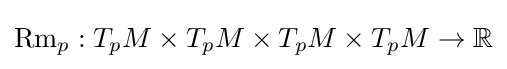
\operatorname {Rm} _{p}:T_{p}M\times T_{p}M\times T_{p}M\times T_{p}M\to \mathbb {R}